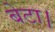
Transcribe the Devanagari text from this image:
बेटा।